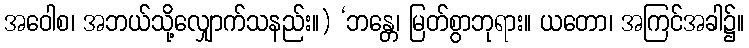
အဝေါစ၊ အဘယ်သို့လျှောက်သနည်း။) ‘ဘန္တေ၊ မြတ်စွာဘုရား။ ယတော၊ အကြင်အခါ၌။